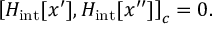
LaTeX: \left[ { { \cal H } _ { \mathrm { i n t } } [ x ^ { \prime } ] , { \cal H } _ { \mathrm { i n t } } [ x ^ { \prime \prime } ] } \right] _ { c } = 0 .